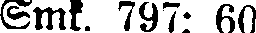
Smk. 797: 60